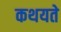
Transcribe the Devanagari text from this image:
कथयते